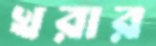
খরার